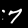
Label: 7